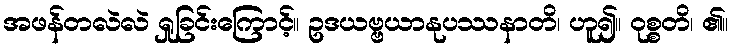
အဖန်တလဲလဲ ရှုခြင်းကြောင့်။ ဥဒယဗ္ဗယာနုပဿနာတိ၊ ဟူ၍။ ဝုစ္စတိ၊ ၏။